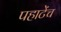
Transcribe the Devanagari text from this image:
पहाटेंच